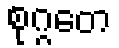
စုဂ္ဂတေ